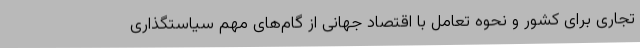
تجاری برای کشور و نحوه تعامل با اقتصاد جهانی از گام‌های مهم سیاستگذاری